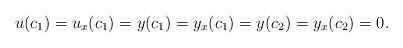
LaTeX: \begin{align*}u(c_1)=u_x(c_1)=y(c_1)=y_x(c_1)=y(c_2)=y_x(c_2)=0.\end{align*}